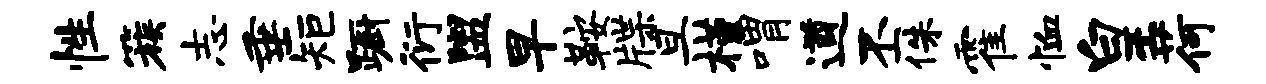
性簇志垂矩蹰衍盥早鞍牒旦槿喟遒丕侏霍恤皇荷